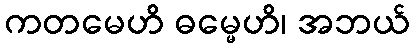
ကတမေဟိ ဓမ္မေဟိ၊ အဘယ်